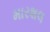
મારશલ